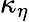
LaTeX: \kappa_{\eta}